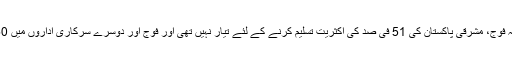
اسی زمانہ میں یہ حقیقت آشکار ہوگئی تھی کہ فوج، مشرقی پاکستان کی 51 فی صد کی اکثریت تسلیم کرنے کے لئے تیار نہیں تھی اور فوج اور دوسرے سرکاری اداروں میں 50فی صد حصہ دینے کے لئے آمادہ نہیں تھی۔